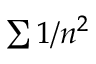
\textstyle \sum 1 / { n ^ { 2 } }